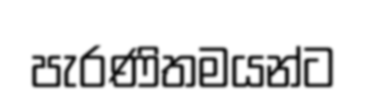
පැරණිතමයන්ට